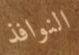
النوافذ